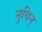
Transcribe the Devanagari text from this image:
नुयिन्